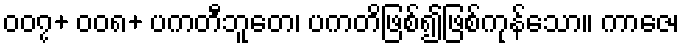
၀၀၇+ ၀၀၈+ ပကတီဘူတေ၊ ပကတိဖြစ်၍ဖြစ်ကုန်သော။ ကာဇေ၊